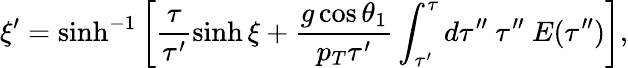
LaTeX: \xi^{\prime}=\sinh^{-1}\left[\frac{\tau}{\tau^{\prime}}\sinh\xi+\frac{g\cos\theta_{1}}{p_{T}\tau^{\prime}}\int_{\tau^{\prime}}^{\tau}d\tau^{\prime\prime}~\tau^{\prime\prime}~E(\tau^{\prime\prime})\right],